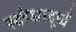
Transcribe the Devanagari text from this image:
स्कंधादूध्वँ